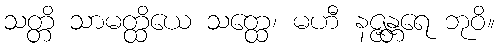
သတ္တိ သာမတ္ထိယေ သတ္ထေ၊ မဟီ နဇ္ဇန္တရေ ဘုဝိ။